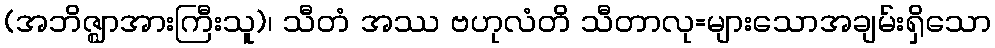
(အဘိဇ္ဈာအားကြီးသူ)၊ သီတံ အဿ ဗဟုလံတိ သီတာလု=များသောအချမ်းရှိသော